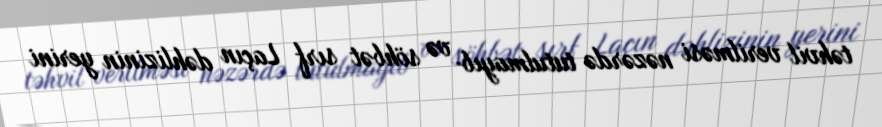
təhvil verilməsi nəzərdə tutulmayıb və söhbət sırf Laçın dəhlizinin yerini